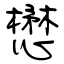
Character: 懋